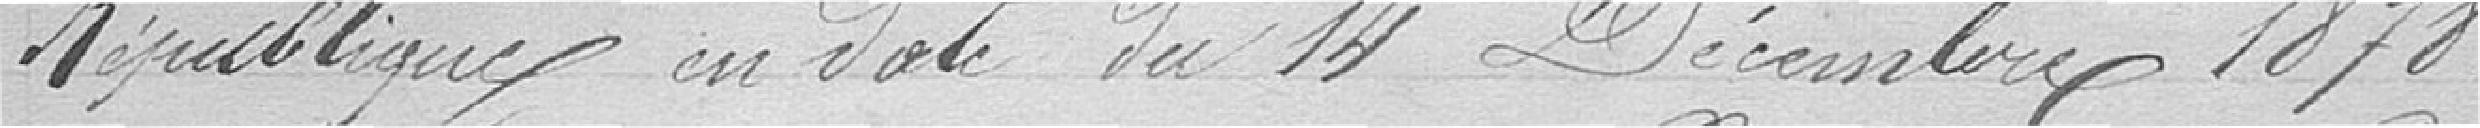
République en date du 14 Décembre 1878.